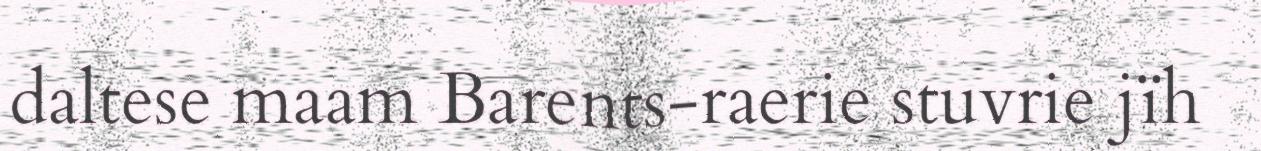
daltese maam Barents-raerie stuvrie jïh